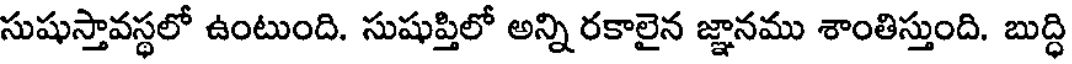
సుషుస్తావస్థలో ఉంటుంది. సుషుప్తిలో అన్ని రకాలైన జ్ఞానము శాంతిస్తుంది. బుద్ధి